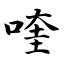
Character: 喹